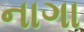
નાગા